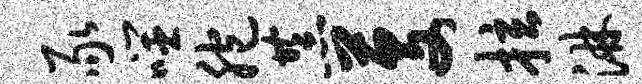
豕噬胞恭芟拉淋